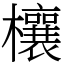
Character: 欀